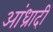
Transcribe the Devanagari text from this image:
आंध्रादी